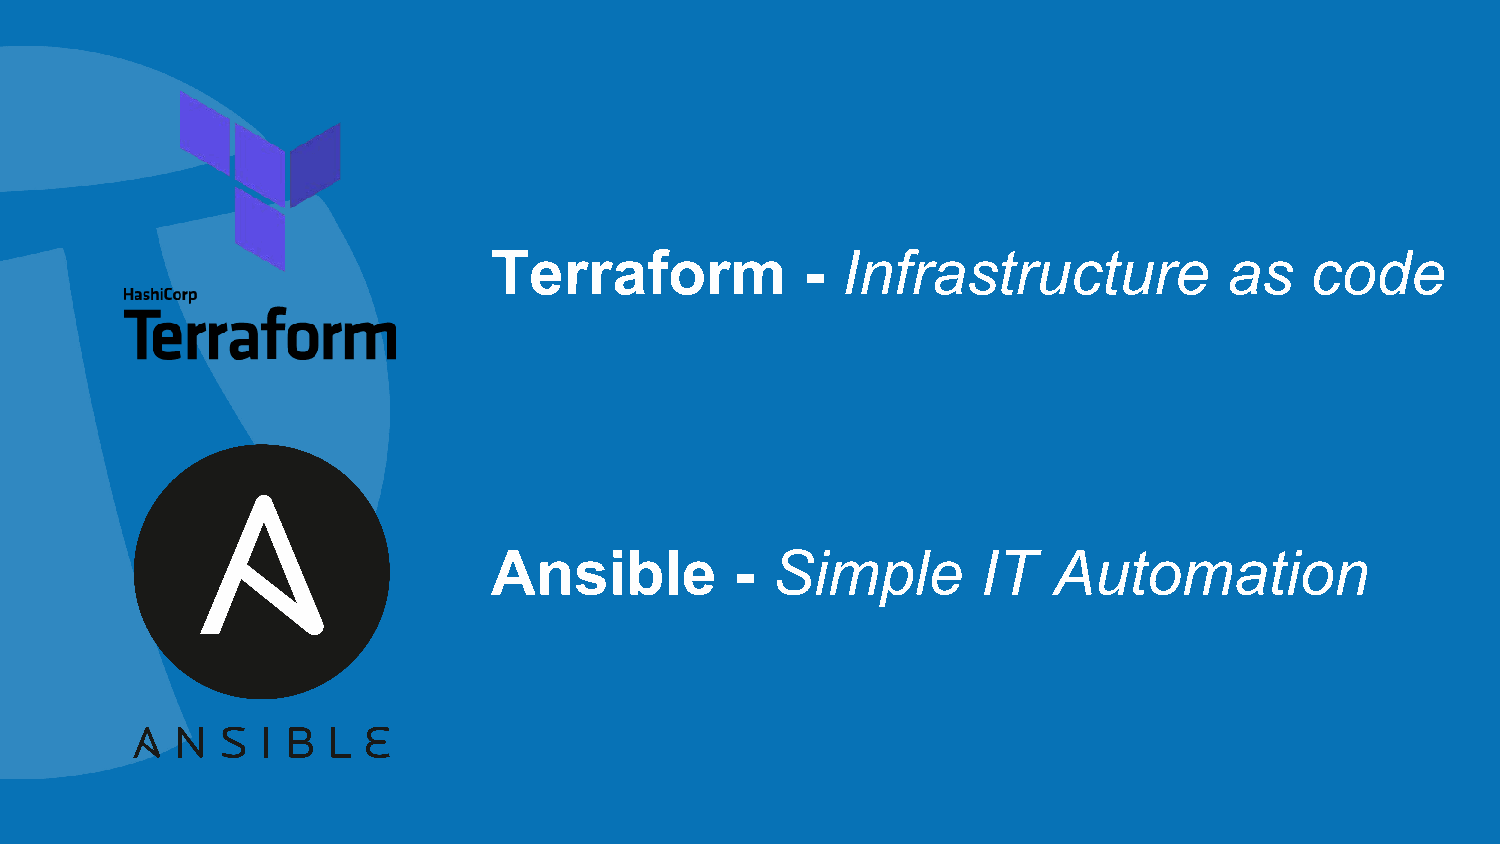
Terraform           -  Infrastructure           as    code
 Ansible         - Simple        IT   Automation